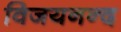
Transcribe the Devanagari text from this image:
विजयनन्द